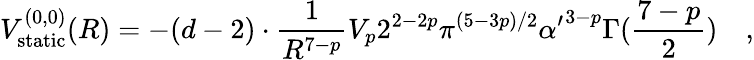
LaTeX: V_{\mathrm{static}}^{(0,0)}(R)=-(d-2)\cdot{\frac{1}{R^{7-p}}}V_{p}2^{2-2p}\pi^{(5-3p)/2}{\alpha^{\prime}}^{3-p}\Gamma({\frac{7-p}{2}})\quad,